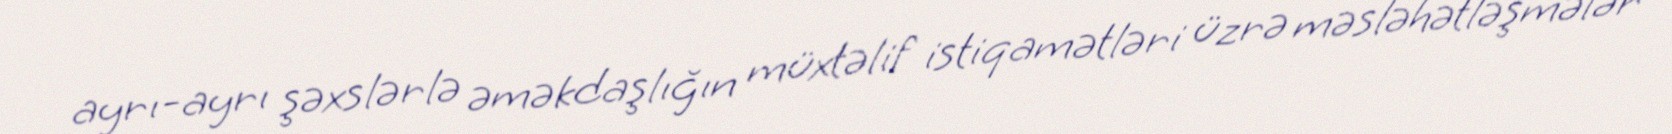
ayrı-ayrı şəxslərlə əməkdaşlığın müxtəlif istiqamətləri üzrə məsləhətləşmələr